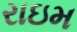
રાઇમ